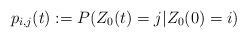
LaTeX: \begin{align*} p_{i,j}(t) := P(Z_0(t)=j|Z_0(0)=i)\end{align*}